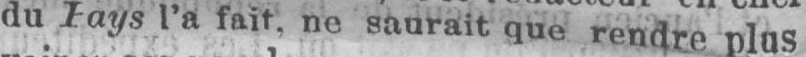
du Pays l’a fait, no saurait que rendre plus